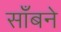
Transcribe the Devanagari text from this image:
साँबने